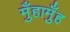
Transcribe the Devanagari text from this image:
मुँहामुँह